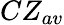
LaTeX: CZ_{av}